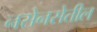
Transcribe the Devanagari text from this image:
नसेनसेतील